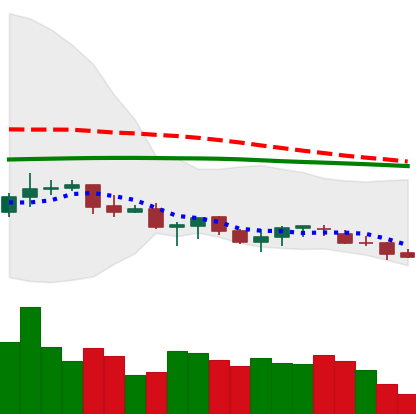
Ticker: XLM-USD
Chart end date: 2021-06-19
Forward return: -7.92%
Label: down_7plus